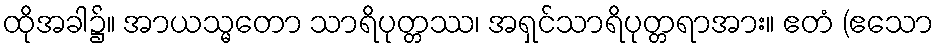
ထိုအခါ၌။ အာယသ္မတော သာရိပုတ္တဿ၊ အရှင်သာရိပုတ္တရာအား။ ဧတံ (ဧသော